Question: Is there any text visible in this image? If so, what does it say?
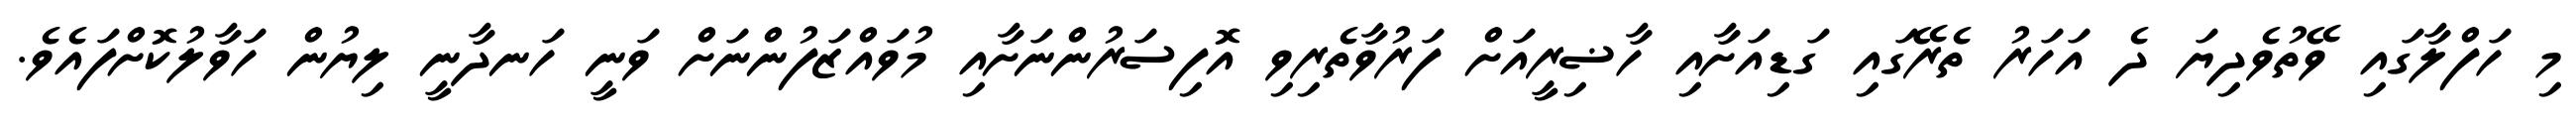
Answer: މި ހަފްލާގައި ވޭތުވެދިޔަ ދެ އަހަރު ތެރޭގައި ގަޑިއަށާއި ހާޟިރީއަށް ފަރުވާތެރިވި އޮފިސަރުންނަށާއި މުވައްޒަފުންނަށް ވަނީ ހަނދާނީ ލިޔުން ހަވާލުކޮށްފައެވެ.